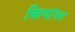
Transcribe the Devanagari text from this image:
स्रियांवर